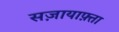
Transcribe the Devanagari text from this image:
सज़ायाफ़्ता